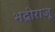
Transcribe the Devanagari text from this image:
भद्रीराजू